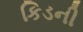
કિડની